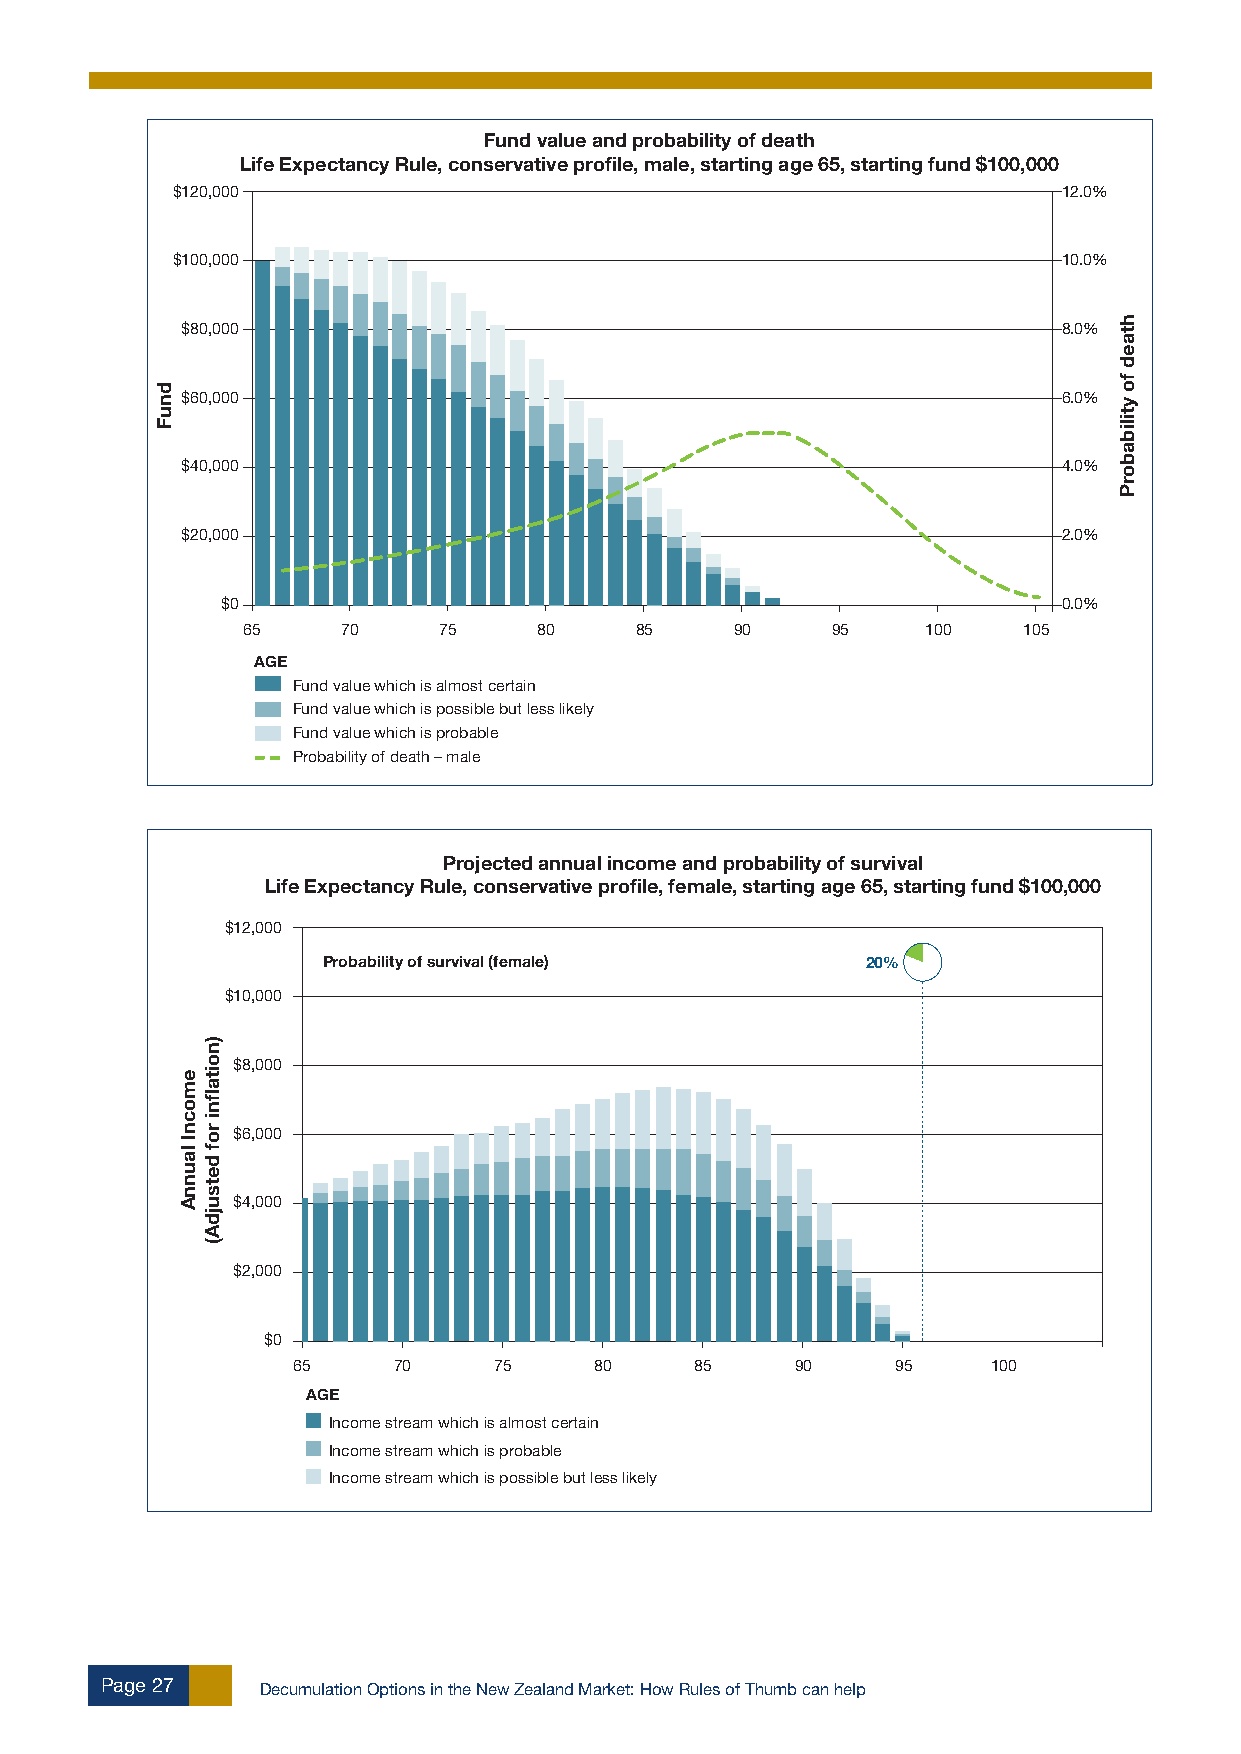
Fund value and probability of death
 Life Expectancy Rule, conservative profile, male, starting age 65, starting fund $100,000
 $120,000                                                   12.0%
 $100,000                                                   10.0%
 $80,000                                                   8.0%
 $60,000                                                   6.0%
 $40,000                                                   4.0%
 $20,000                                                   2.0%
 $0                                                     0.0%
 65     70    75     80    85     90    95    100    105
 AGE
 Fund value which is almost certain
 Fund value which is possible but less likely
 Fund value which is probable
 Probability of death – male
 Projected annual income and probability of survival
 Life Expectancy Rule, conservative profile, female, starting age 65, starting fund $100,000
 $12,000
 Probability of survival (female)    20%
 $10,000
 $8,000
 $6,000
 $4,000
 $2,000
 $0
 65     70     75    80     85     90    95     100
 AGE
 Income stream which is almost certain
 Income stream which is probable
 Income stream which is possible but less likely
 Page 27   Decumulation Options in the New Zealand Market: How Rules of Thumb can help
 dnuF
 emocnI
 launnA
 )noitaflni
 rof
 detsujdA(
 htaed
 fo
 ytilibaborP